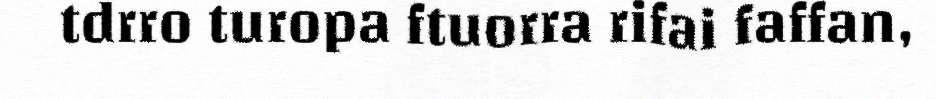
tdrro turopa ftuorra rifai faffan,